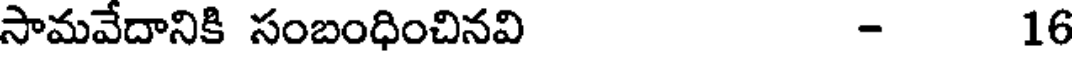
సామవేదానికి సంబంధించినవి - 16